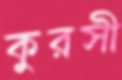
কুরসী